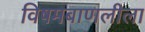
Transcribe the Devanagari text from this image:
विषमबाणलीला